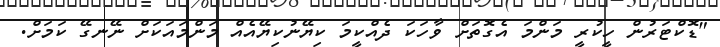
"ޑޮކްޓަރުން ހީކުރީ މަންމަ އެގޮތަށް ވާހަކަ ދެއްކީމަ ކިޔޭނުކިޔޭއެއް މަންމައަކަށް ނޭނގޭ ކަމަށް.